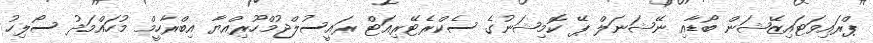
ޕްރައިވަޓައިޒޭޝަން ބޯޑާއި ނޭޝަނަލް ޕޭ ކޮމިޝަނުގެ ސެކްރެޓޭރިއަޓް ރައީސުލްޖުމްހޫރިއްޔާ އިބްރާހީމް މުހައްމަދު ސޯލިހު